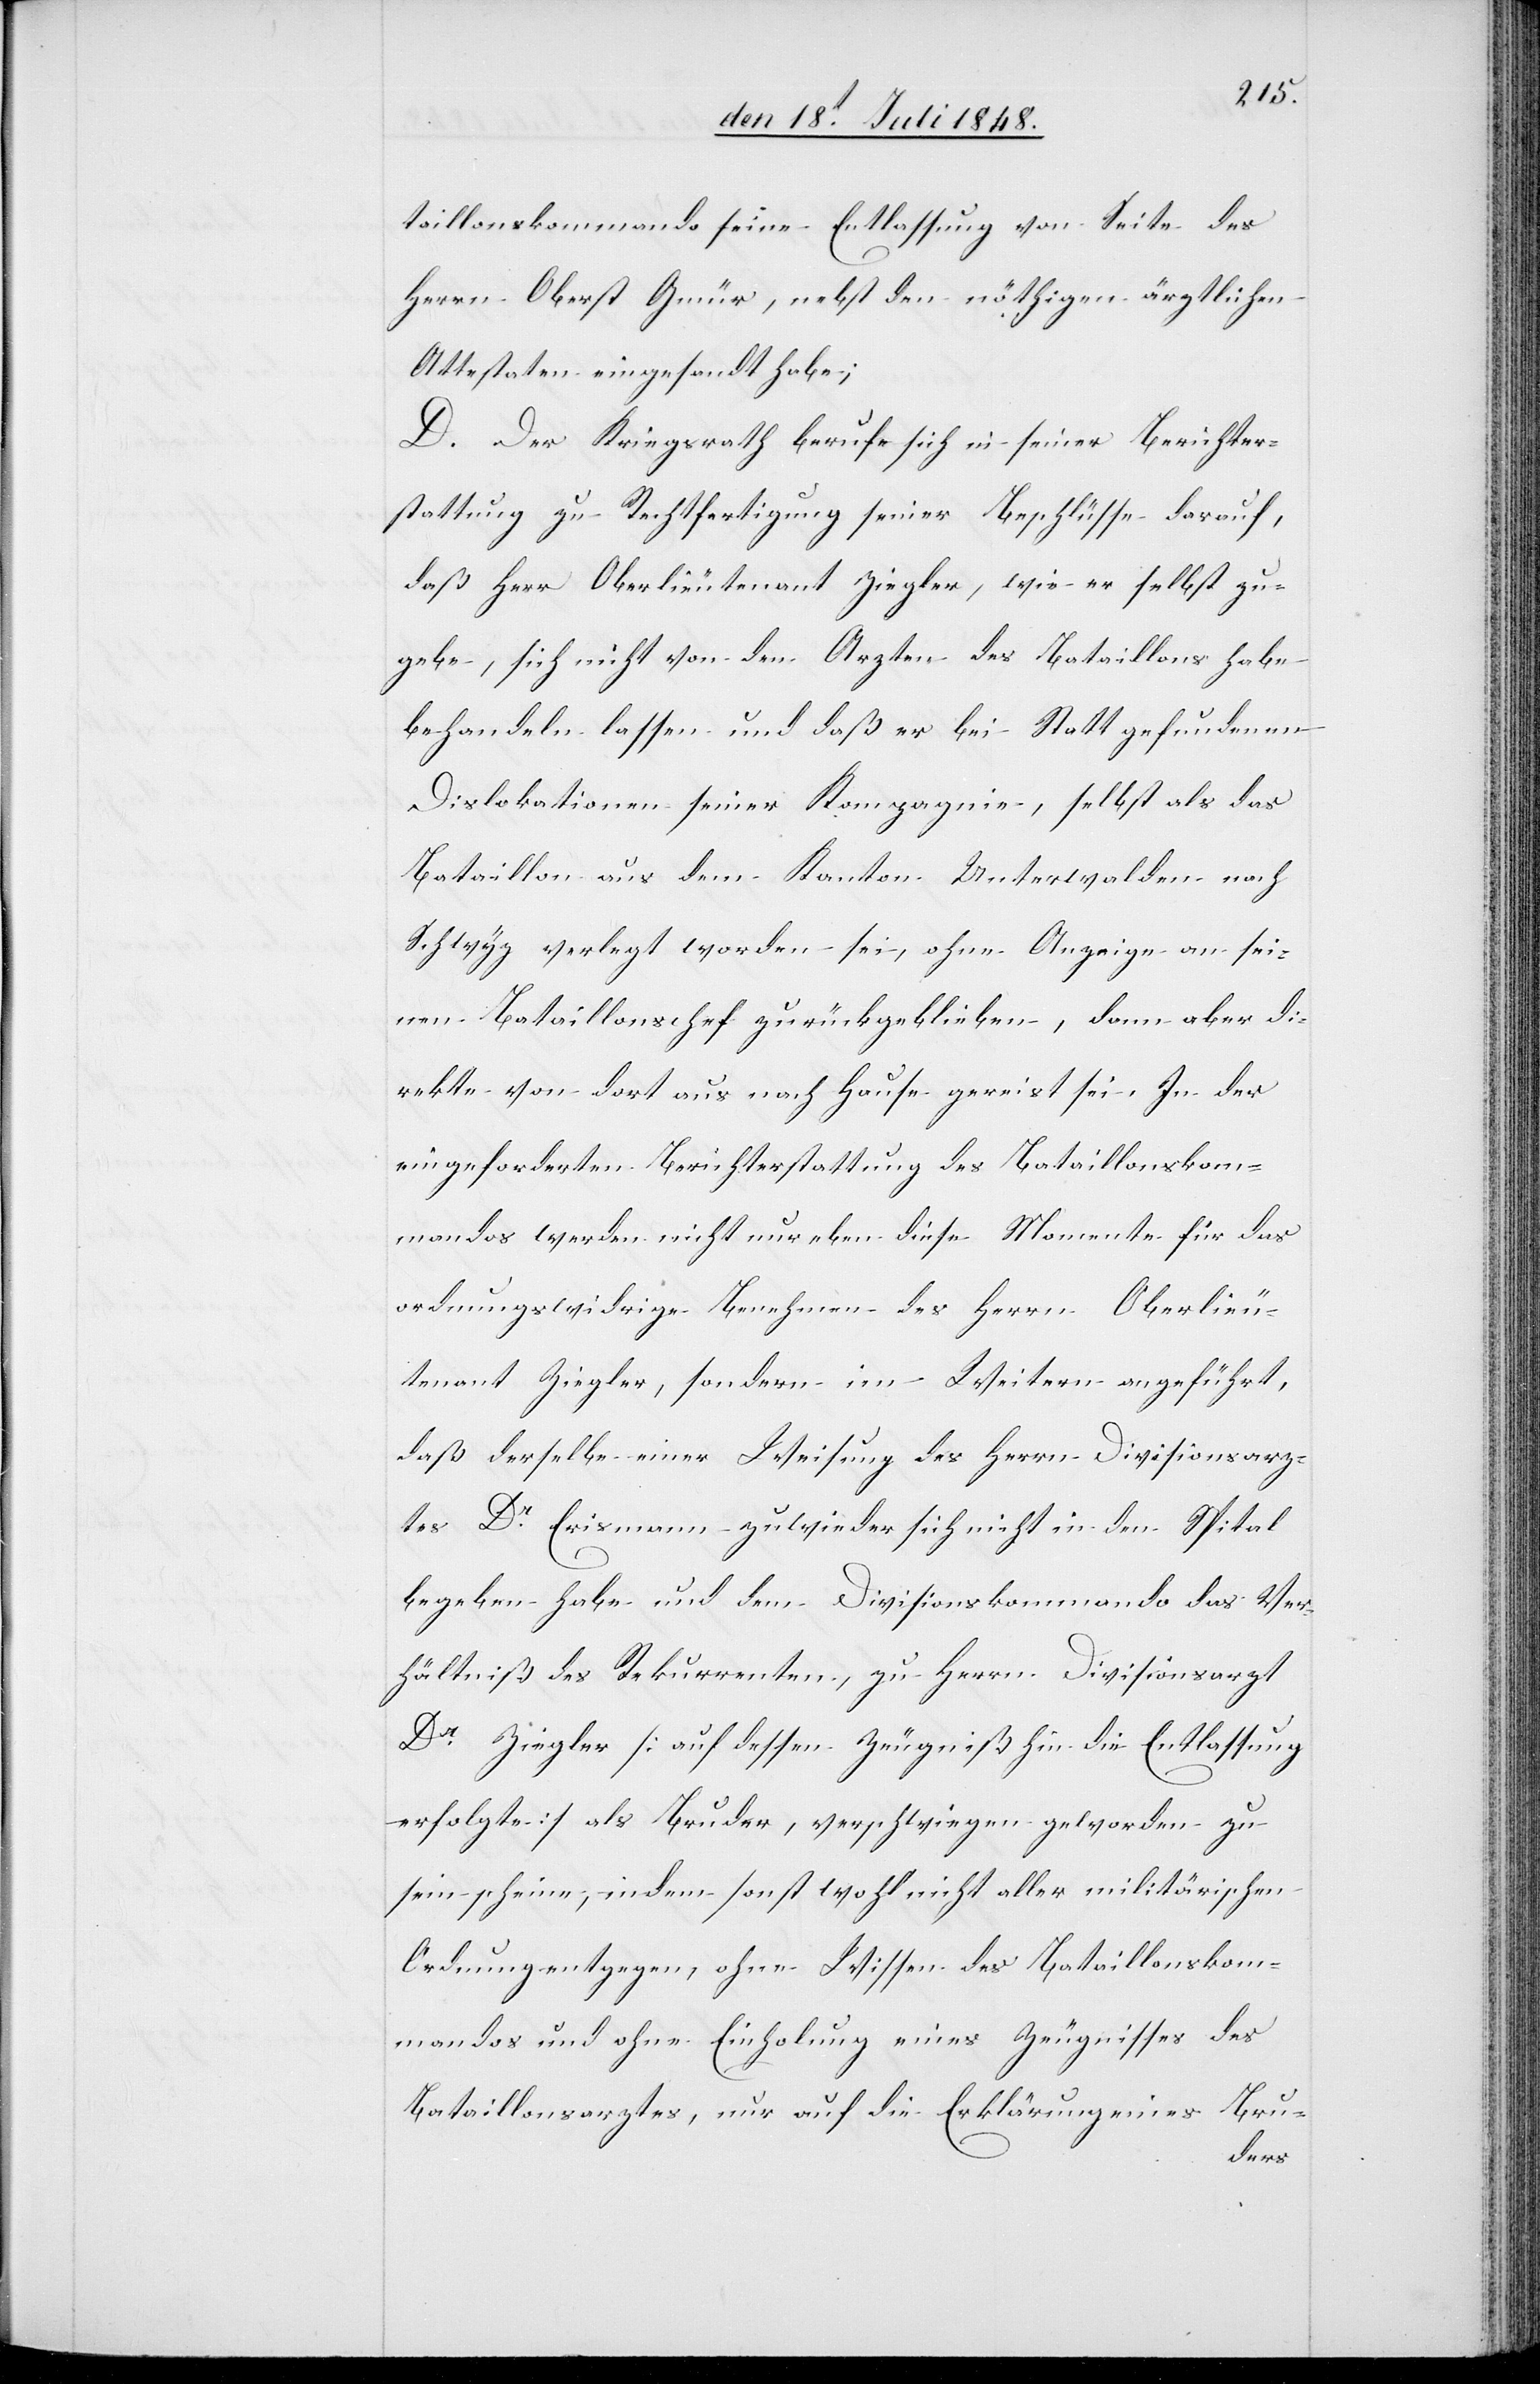
taillonskommando seine Entlassung von Seite des
Herrn Oberst Gmür, nebst den nöthigen ärztlichen
Attestaten eingesandt habe;
D. Der Kriegsrath berufe sich in seiner Berichter¬
stattung zu Rechtfertigung seiner Beschlüsse darauf,
daß Herr Oberlieutenant Ziegler, wie er selbst zu¬
gebe, sich nicht von den Arzten [sic!] des Bataillons habe
behandeln lassen und daß er bei Statt gefundenen
Dislokationen seiner Kompagnie, selbst als das
Bataillon aus dem Kanton Unterwalden nach
Schwyz verlegt worden sei, ohne Anzeige an sei¬
nen Bataillonschef zurückgeblieben, dann aber di¬
rekte von dort aus nach Hause gereist sei. In der
eingeforderten Berichterstattung des Bataillonskom¬
mandos werden nicht nur eben diese Momente für das
ordnungswidrige Benehmen des Herrn Oberlieu¬
tenant Ziegler, sondern im Weitern angeführt,
daß derselbe einer Weisung des Herrn Divisionsarz¬
tes Dr Erismann zuwieder sich nicht in den Spital
begeben habe und dem Divisionskommando das Ver¬
hältniß des Rekurrenten, zu Herrn Divisionsarzt
Dr Ziegler [auf dessen Zeugniß hin die Entlassung
erfolgte] als Bruder, verschwiegen geworden zu
sein scheine, indem sonst wohl nicht aller militärischen
Ordnung entgegen, ohne Wissen des Bataillonskom¬
mandos und ohne Einholung eines Zeugnisses des
Bataillonsarztes, nur auf die Erklärung eines Bru-